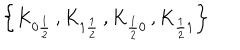
\left\{ K _ { 0 \frac { 1 } { 2 } } \, , K _ { 1 \frac { 1 } { 2 } } \, , K _ { \frac { 1 } { 2 } 0 } \, , K _ { \frac { 1 } { 2 } 1 } \right\}